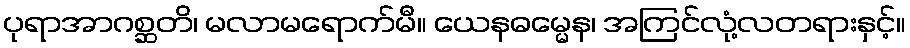
ပုရာအာဂစ္ဆတိ၊ မလာမရောက်မီ။ ယေနဓမ္မေန၊ အကြင်လုံ့လတရားနှင့်။